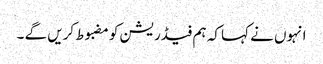
انہوں نے کہا کہ ہم فیڈریشن کو مضبوط کریں گے ۔